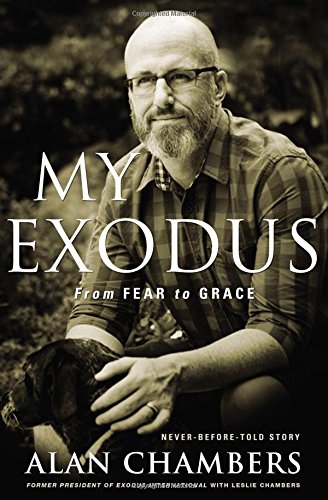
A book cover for My Exodus: From Fear to Grace; Alan Chambers; Christian Books & Bibles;